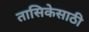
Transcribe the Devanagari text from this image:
तासिकेसाठी